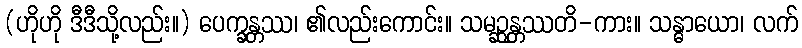
(ဟိုဟို ဒီဒီသို့လည်း။) ပေက္ခန္တဿ၊ ၏လည်းကောင်း။ သမဉ္ဆန္တဿတိ-ကား။ သန္ဓာယော၊ လက်